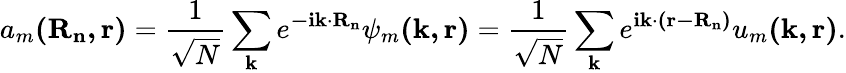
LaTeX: a_{m}\mathbf{(R_{n},r)}={\frac{1}{\sqrt{N}}}\sum_{\mathbf{k}}{e^{\mathbf{-ik\cdot R_{n}}}\psi_{m}\mathbf{(k,r)}}={\frac{1}{\sqrt{N}}}\sum_{\mathbf{k}}{e^{\mathbf{ik\cdot(r-R_{n})}}u_{m}\mathbf{(k,r)}}.